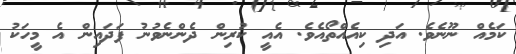
ކަމެއް ނޫނެވެ. އަދި ކިއެއްތޯއެވެ. އެއީ ކުރިން ދެންނެވުނު ފަދައިން އެ މީހަކު